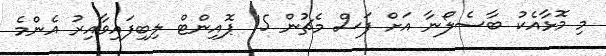
މި މޮޅާއެކު ބާސެލޯނާ އަށް ފަސް މެޗުން 15 ޕޮއިންޓް ލިބިފައިވާއިރު އެންމެ